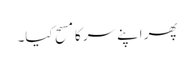
پھر اپنے سر کا مسح کیا۔